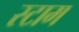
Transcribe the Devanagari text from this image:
स्टाम